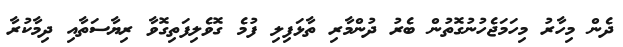
ދެން މިހާރު މިހަމަޖެހުނުގޮތުން ބެރު ދުންމާރި ތާޅަފިލި ފުމެ ގޮވެލިފަތިގޮވާ ރިޔާސަތާއި ދިމާކުރާ